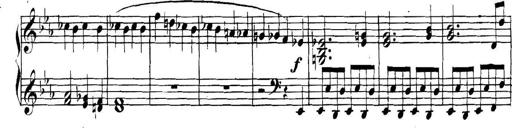
Title: Collected Piano Sonatas
Composer: Muzio Clementi